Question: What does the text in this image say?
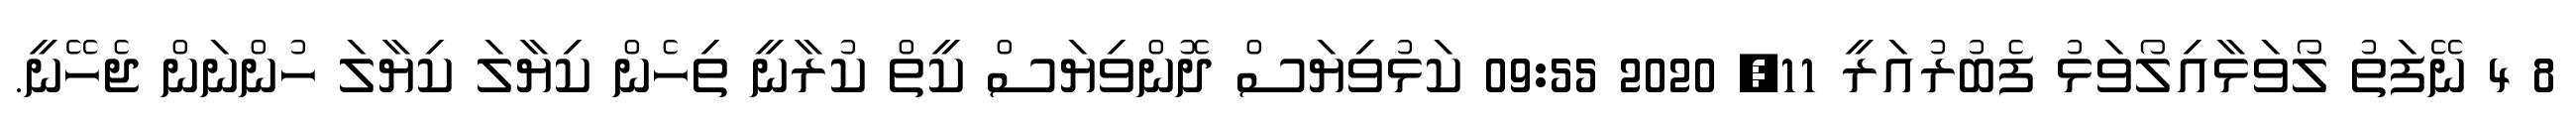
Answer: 8 4 ނޭފަތު ލޯވަޅާއިލޯވަޅު ފެބުރުއަރީ 11, 2020 09:55 ކަޅުވިޔަސް ދޮންވިޔަސް ކީތް ކުރާނީ ތިހެން ކިޔާލަ ކިޔާލަ ހުންނަން ޖެހޭނީ.